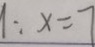
1 : x = 7